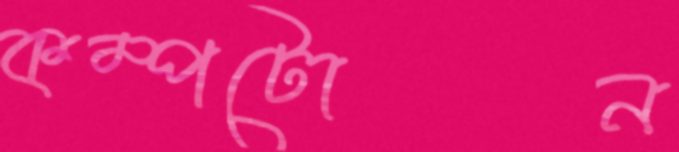
কম্পটোন